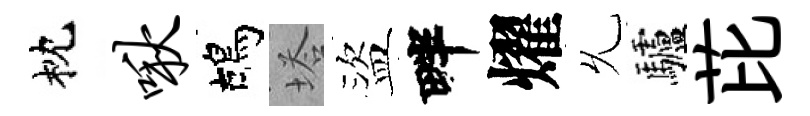
枕啾鴣塔盜畔燿𠃔驢芘